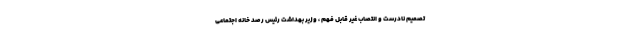
تصمیم نادرست و انتصاب غیر قابل فهم ، وزیر بهداشت رئیس رصد خانه اجتماعی